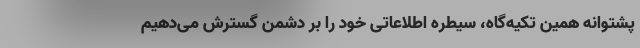
پشتوانه همین تکیه‌گاه، سیطره اطلاعاتی خود را بر دشمن گسترش می‌دهیم